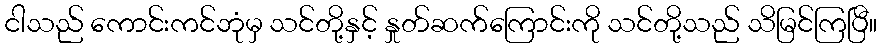
ငါသည် ကောင်းကင်ဘုံမှ သင်တို့နှင့် နှုတ်ဆက်ကြောင်းကို သင်တို့သည် သိမြင်ကြပြီ။